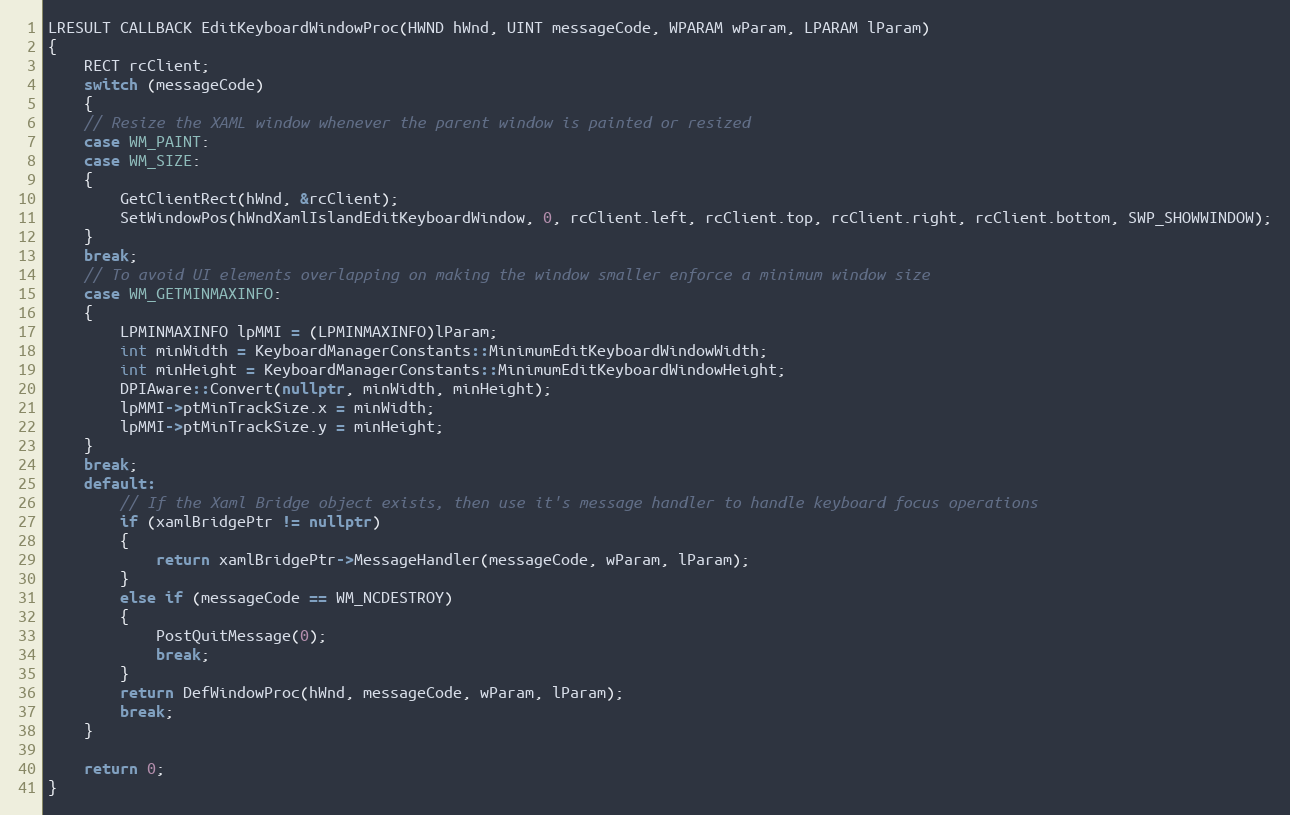
Language: C++
LRESULT CALLBACK EditKeyboardWindowProc(HWND hWnd, UINT messageCode, WPARAM wParam, LPARAM lParam)
{
    RECT rcClient;
    switch (messageCode)
    {
    // Resize the XAML window whenever the parent window is painted or resized
    case WM_PAINT:
    case WM_SIZE:
    {
        GetClientRect(hWnd, &rcClient);
        SetWindowPos(hWndXamlIslandEditKeyboardWindow, 0, rcClient.left, rcClient.top, rcClient.right, rcClient.bottom, SWP_SHOWWINDOW);
    }
    break;
    // To avoid UI elements overlapping on making the window smaller enforce a minimum window size
    case WM_GETMINMAXINFO:
    {
        LPMINMAXINFO lpMMI = (LPMINMAXINFO)lParam;
        int minWidth = KeyboardManagerConstants::MinimumEditKeyboardWindowWidth;
        int minHeight = KeyboardManagerConstants::MinimumEditKeyboardWindowHeight;
        DPIAware::Convert(nullptr, minWidth, minHeight);
        lpMMI->ptMinTrackSize.x = minWidth;
        lpMMI->ptMinTrackSize.y = minHeight;
    }
    break;
    default:
        // If the Xaml Bridge object exists, then use it's message handler to handle keyboard focus operations
        if (xamlBridgePtr != nullptr)
        {
            return xamlBridgePtr->MessageHandler(messageCode, wParam, lParam);
        }
        else if (messageCode == WM_NCDESTROY)
        {
            PostQuitMessage(0);
            break;
        }
        return DefWindowProc(hWnd, messageCode, wParam, lParam);
        break;
    }

    return 0;
}